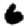
Digit: 6